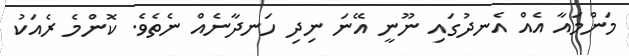
މަންމައާ އެއް އެނދުގައި ނޫނީ އޭނަ ނިދި ހަނދާނެއް ނެތެވެ. ކޮންމެ ރެއަކު